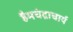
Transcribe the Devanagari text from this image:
हैमचंद्राचार्य